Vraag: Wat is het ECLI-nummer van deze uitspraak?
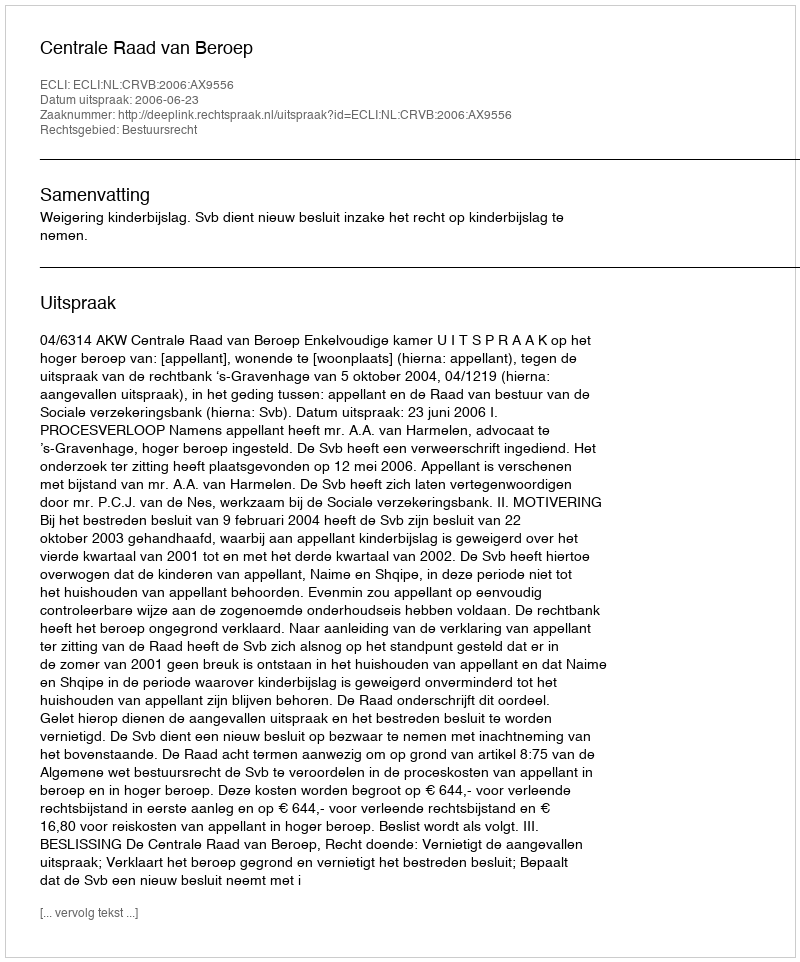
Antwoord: ECLI:NL:CRVB:2006:AX9556